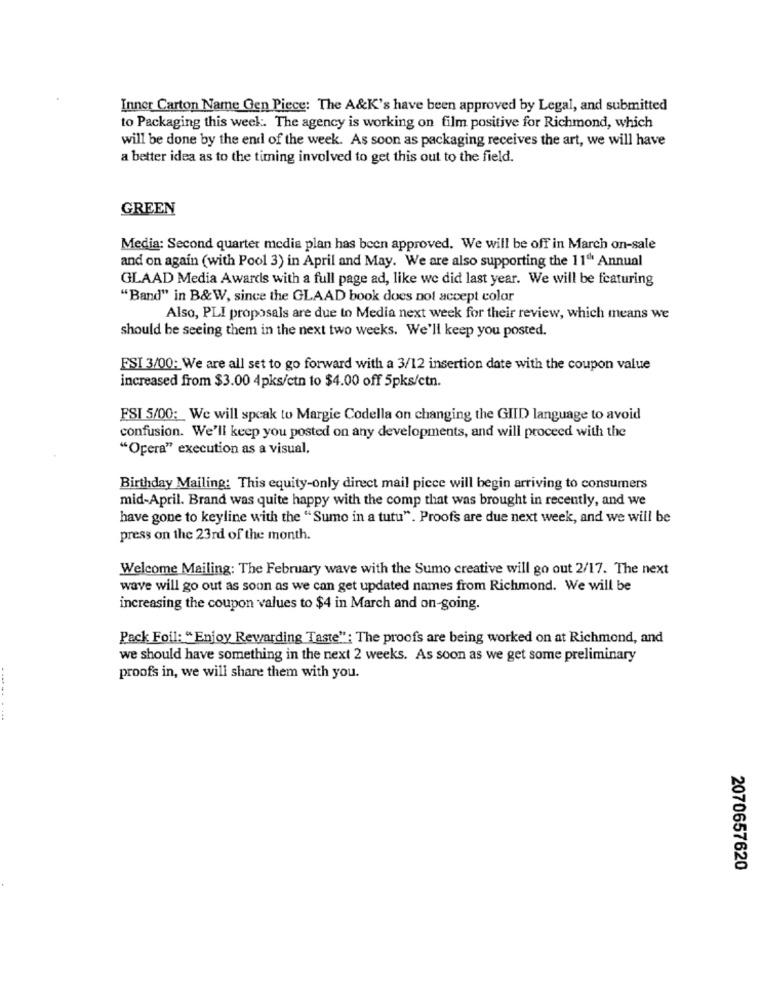
Inner Carton Name Gen Piece: The A&K's have been approved by Legal, and submitted
to Packaging this week :. The agency is working on film positive for Richmond, which
will be done by the end of the week. As soon as packaging receives the art, we will have
a better idea as to the timing involved to get this out to the field.
GREEN
Media: Second quarter media plan has been approved. We will be off in March on-sale
and on again (with Pool 3) in April and May. We are also supporting the 11" Annual
GLAAD Media Awards with a full page ad, like we did last year. We will be featuring
"Band" in B&W, since the GLAAD book does not accept color
Also, PLI proposals are due to Media next week for their review, which means we
should be seeing them in the next two weeks. We'll keep you posted.
ESI 3/00: We are all set to go forward with a 3/12 insertion date with the coupon value
increased from $3.00 4pks/ctn to $4.00 off 5pks/ctn.
FSI 5/00: We will speak to Margie Codella on changing the GIID language to avoid
confusion. We'll keep you posted on any developments, and will proceed with the
"Opera" execution as a visual,
Birthday Mailing: This equity-only direct mail piece will begin arriving to consumers
mid-April. Brand was quite happy with the comp that was brought in recently, and we
have gone to keyline with the "Sumo in a tutu". Proofs are due next week, and we will be
press on the 23rd of the month.
Welcome Mailing: The February wave with the Sumo creative will go out 2/17. The next
wave will go out as soon as we can get updated names from Richmond. We will be
increasing the coupon values to $4 in March and on-going.
Pack Foil: "Enjoy Rewarding Taste": The proofs are being worked on at Richmond, and
we should have something in the next 2 weeks. As soon as we get some preliminary
proofs in, we will share them with you.
-----
2070657620